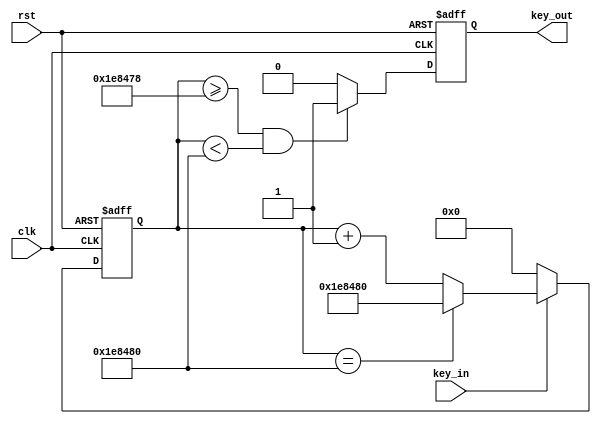
`timescale 1ns / 1ps

module erase_shake
#(parameter Max=21'd2000_000)(
    input clk,
    input rst,
    input key_in,
    output reg key_out
    );
    reg [21:0] cnt;
    always@(posedge clk or posedge rst)
    begin
        if(rst==1'b1)
            cnt<=22'd0;
        else if(key_in==1'b0)
            cnt<=22'd0;
        else if (cnt==Max)
            cnt <=Max;
        else
            cnt<=cnt+20'd1;
    end
    always@(posedge clk or posedge rst) 
    begin
        if(rst==1'b1)
            key_out<=1'b0;
        else if(cnt >= Max-20'd8 && cnt < Max)
            key_out<=1'b1;
        else
            key_out<=1'b0;
    end
endmodule